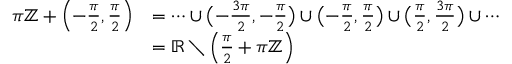
{ \begin{array} { r l } { \pi \mathbb { Z } + \left( - { \frac { \pi } { 2 } } , { \frac { \pi } { 2 } } \right) } & { = \cdots \cup { \bigl ( } { - { \frac { 3 \pi } { 2 } } } , { - { \frac { \pi } { 2 } } } { \bigr ) } \cup { \bigl ( } { - { \frac { \pi } { 2 } } } , { \frac { \pi } { 2 } } { \bigr ) } \cup { \bigl ( } { \frac { \pi } { 2 } } , { \frac { 3 \pi } { 2 } } { \bigr ) } \cup \cdots } \\ & { = \mathbb { R } \setminus \left( { \frac { \pi } { 2 } } + \pi \mathbb { Z } \right) } \end{array} }